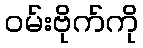
ဝမ်းဗိုက်ကို